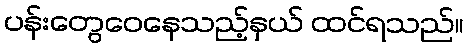
ပန်းတွေဝေနေသည့်နှယ် ထင်ရသည်။